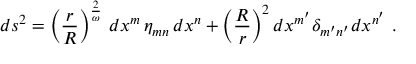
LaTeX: d s ^ { 2 } = \left( { \frac { r } { R } } \right) ^ { \frac { 2 } { \omega } } \, d x ^ { m } \, \eta _ { m n } \, d x ^ { n } + \left( { \frac { R } { r } } \right) ^ { 2 } d x ^ { m ^ { \prime } } \delta _ { m ^ { \prime } n ^ { \prime } } d x ^ { n ^ { \prime } } \ .